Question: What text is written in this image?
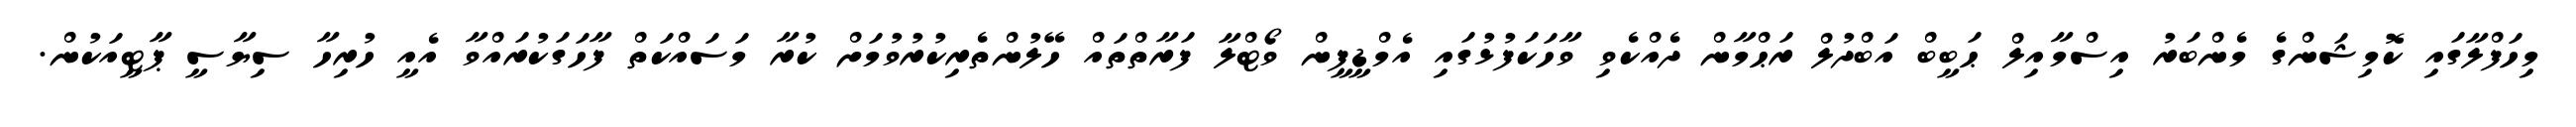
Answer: މިހަފްލާގައި ކޮމިޝަންގެ މެންބަރު އިސްމާއިލް ޙަބީބް އަބްދުލް ރަޙްމާން ދެއްކެވި ވާހަކަފުޅުގައި އެމްޑީޕީން ވޯޓްލާ ފަރާތްތައް ހޭލުންތެރިކުރުވުމަށް ކުރާ މަސައްކަތް ފާހަގަކުރައްވާ އެއީ ހުރިހާ ސިޔާސީ ޕާޓީއަކުން.